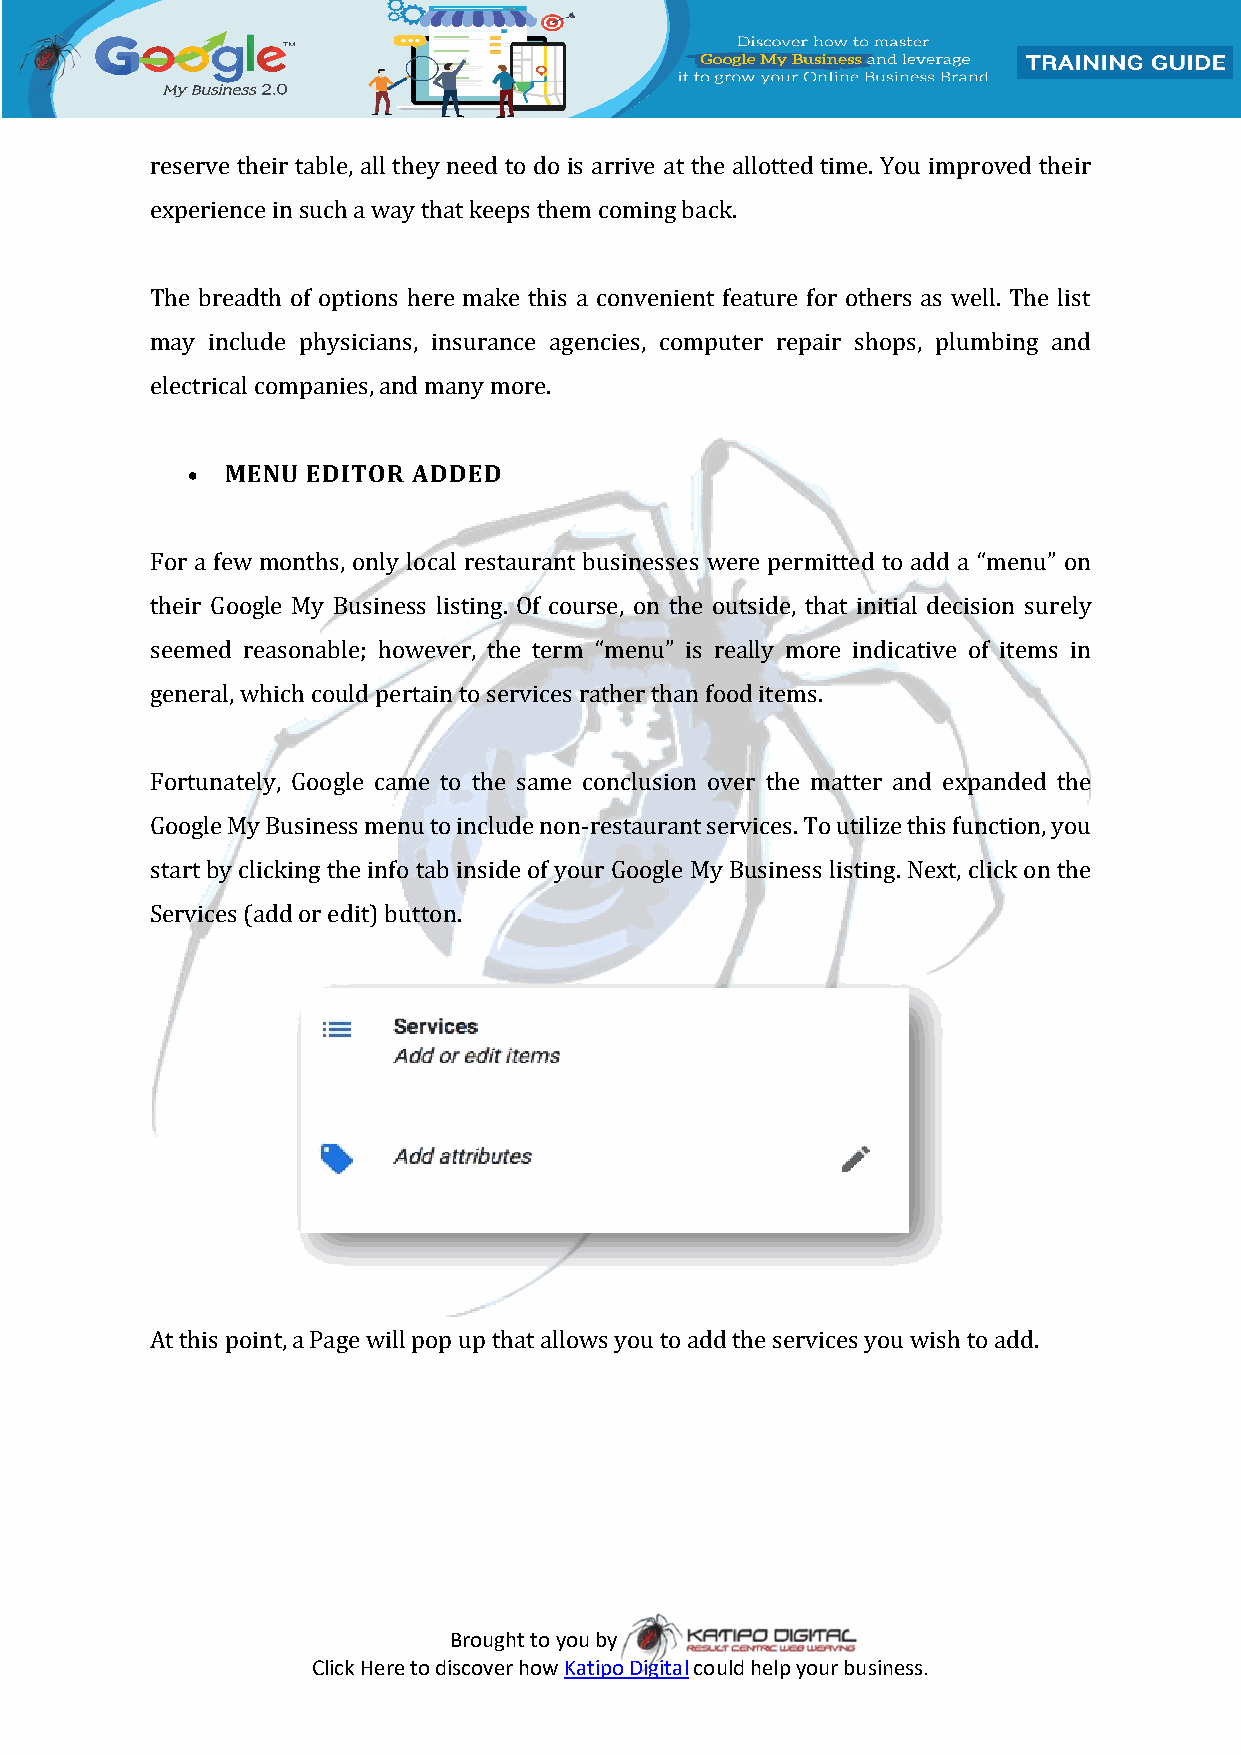
reserve their table, all they need to do is arrive at the allotted time. You improved their
 experience in such a way that keeps them coming back.
 The breadth of options here make this a convenient feature for others as well. The list
 may include physicians, insurance agencies, computer repair shops, plumbing and
 electrical companies, and many more.
   MENU EDITOR ADDED
 For a few months, only local restaurant businesses were permitted to add a “menu” on
 their Google My Business listing. Of course, on the outside, that initial decision surely
 seemed reasonable; however, the term “menu” is really more indicative of items in
 general, which could pertain to services rather than food items.
 Fortunately, Google came to the same conclusion over the matter and expanded the
 Google My Business menu to include non-restaurant services. To utilize this function, you
 start by clicking the info tab inside of your Google My Business listing. Next, click on the
 Services (add or edit) button.
 At this point, a Page will pop up that allows you to add the services you wish to add.
 Brought to you by
 Click Here to discover how Katipo Digital could help your business.